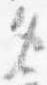
タ